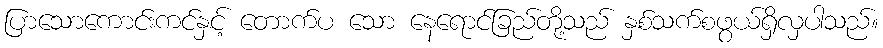
ပြာသောကောင်းကင်နှင့် တောက်ပ သော နေရောင်ခြည်တို့သည် နှစ်သက်စဖွယ်ရှိလှပါသည်။